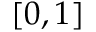
[ 0 , 1 ]